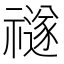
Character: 禭